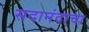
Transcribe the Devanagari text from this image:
सदानंदाचा